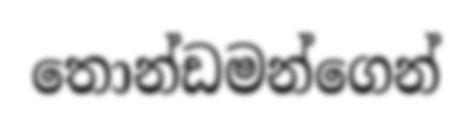
තොන්ඩමන්ගෙන්